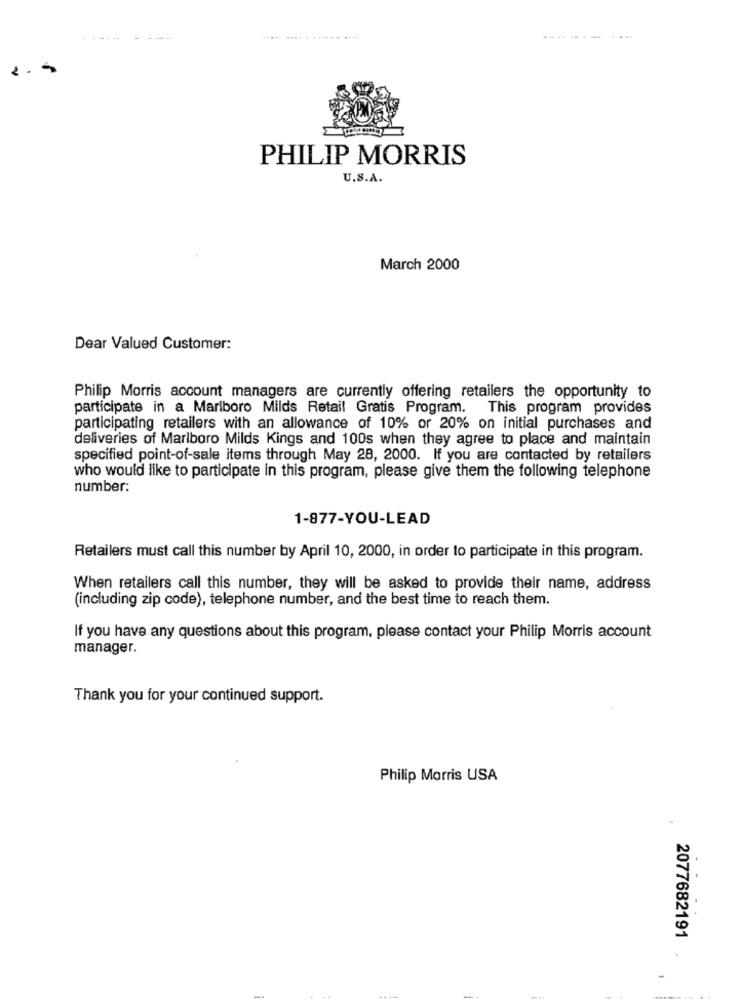
... .... . ...... .....
PHILIP MORRIS
U.S.A.
March 2000
Dear Valued Customer:
Philip Morris account managers are currently offering retailers the opportunity to
participate in a Marlboro Milds Retail Gratis Program. This program provides
participating retailers with an allowance of 10% or 20% on initial purchases and
deliveries of Marlboro Milds Kings and 100s when they agree to place and maintain
specified point-of-sale items through May 28, 2000. If you are contacted by retailers
who would like to participate in this program, please give them the following telephone
number:
1-877-YOU-LEAD
Retailers must call this number by April 10, 2000, in order to participate in this program.
When retailers call this number, they will be asked to provide their name, address
(including zip code), telephone number, and the best time to reach them.
If you have any questions about this program, please contact your Philip Morris account
manager.
Thank you for your continued support.
Philip Morris USA
2077682191